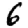
Digit: 6